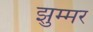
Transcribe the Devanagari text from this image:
झुम्मर